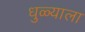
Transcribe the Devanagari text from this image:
धुळ्याला